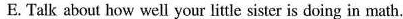
E. Talk about how well your little sister is doing in math.